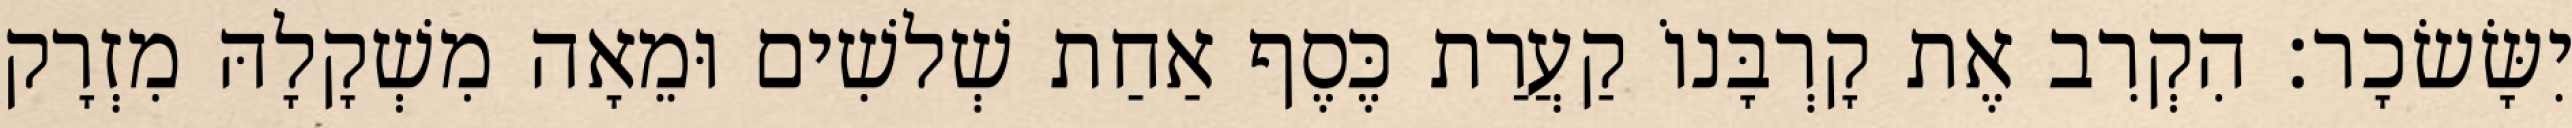
יִשָּׂשׂכָר׃ הִקְרִב אֶת קָרְבָּנוֹ קַעֲרַת כֶּסֶף אַחַת שְׁלשִׁים וּמֵאָה מִשְׁקָלָהּ מִזְרָק